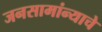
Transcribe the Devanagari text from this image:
जनसामांन्याचे